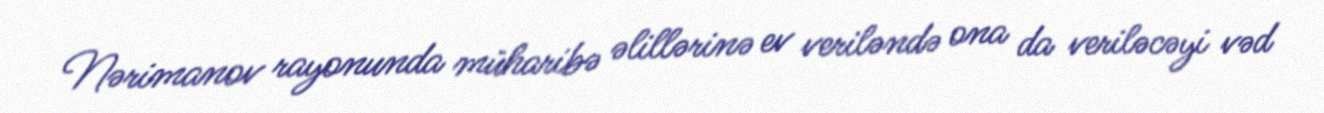
Nərimanov rayonunda müharibə əlillərinə ev veriləndə ona da veriləcəyi vəd